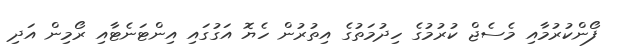
ފޯންކުރުމާއި މެސެޖް ކުރުމުގެ ހިދުމަތުގެ އިތުރުން ހެޔޮ އަގުގައި އިންޓަނެޓާއި ރޯމިން އަދި